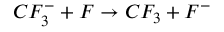
C F _ { 3 } ^ { - } + F \rightarrow C F _ { 3 } + F ^ { - }